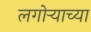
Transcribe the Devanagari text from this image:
लगोर्‍याच्या